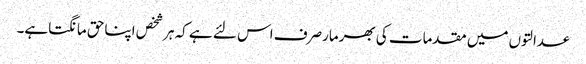
عدالتوں میں مقدمات کی بھرمارصرف اس لئے ہے کہ ہرشخص اپناحق مانگتاہے۔